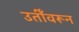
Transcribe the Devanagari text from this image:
उतीँवरून